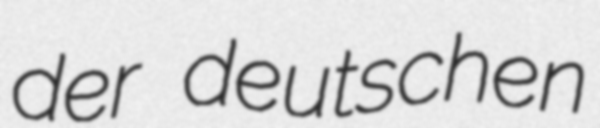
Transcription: der deutschen